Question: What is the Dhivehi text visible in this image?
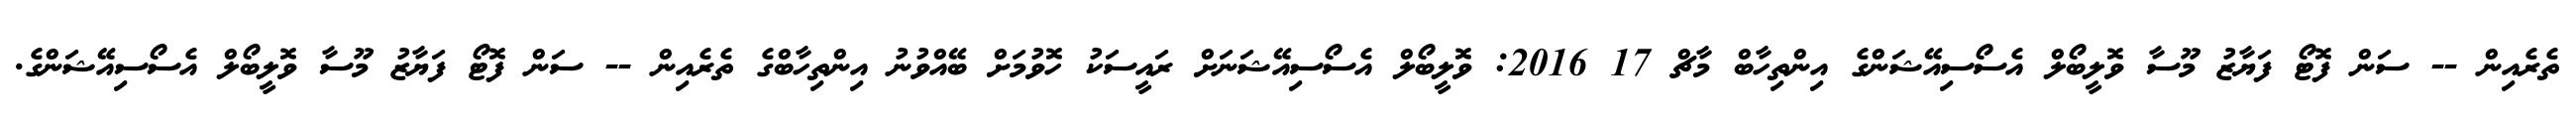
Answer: ތެރެއިން -- ސަން ފޮޓޯ ފަޔާޒު މޫސާ ވޮލީބޯލް އެސޯސިއޭޝަންގެ އިންތިހާބް މާޗް 17 2016: ވޮލީބޯލް އެސޯސިއޭޝަނަށް ރައީސަކު ހޮވުމަށް ބޭއްވުނު އިންތިހާބްގެ ތެރެއިން -- ސަން ފޮޓޯ ފަޔާޒު މޫސާ ވޮލީބޯލް އެސޯސިއޭޝަންގެ.